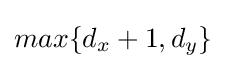
max\{d_{x}+1,d_{y}\}